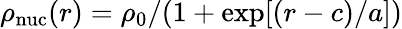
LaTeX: \rho_{\mathrm{nuc}}(r)=\rho_{0}/(1+\exp[(r-c)/a])